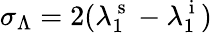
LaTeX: \sigma_{\Lambda}=2(\lambda_{1}^{\mathrm{~s~}}-\lambda_{1}^{\mathrm{~i~}})